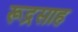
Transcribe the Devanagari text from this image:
रूद्रसाह